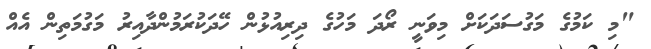
"މި ކަމުގެ މަގުސަދަކަށް މިވަނީ ރޯދަ މަހުގެ ދިރިއުޅުން ހޭދަކުރަމުންދާއިރު މަގުމަތިން އެއް